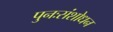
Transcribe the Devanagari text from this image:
पुनःसंशोधन